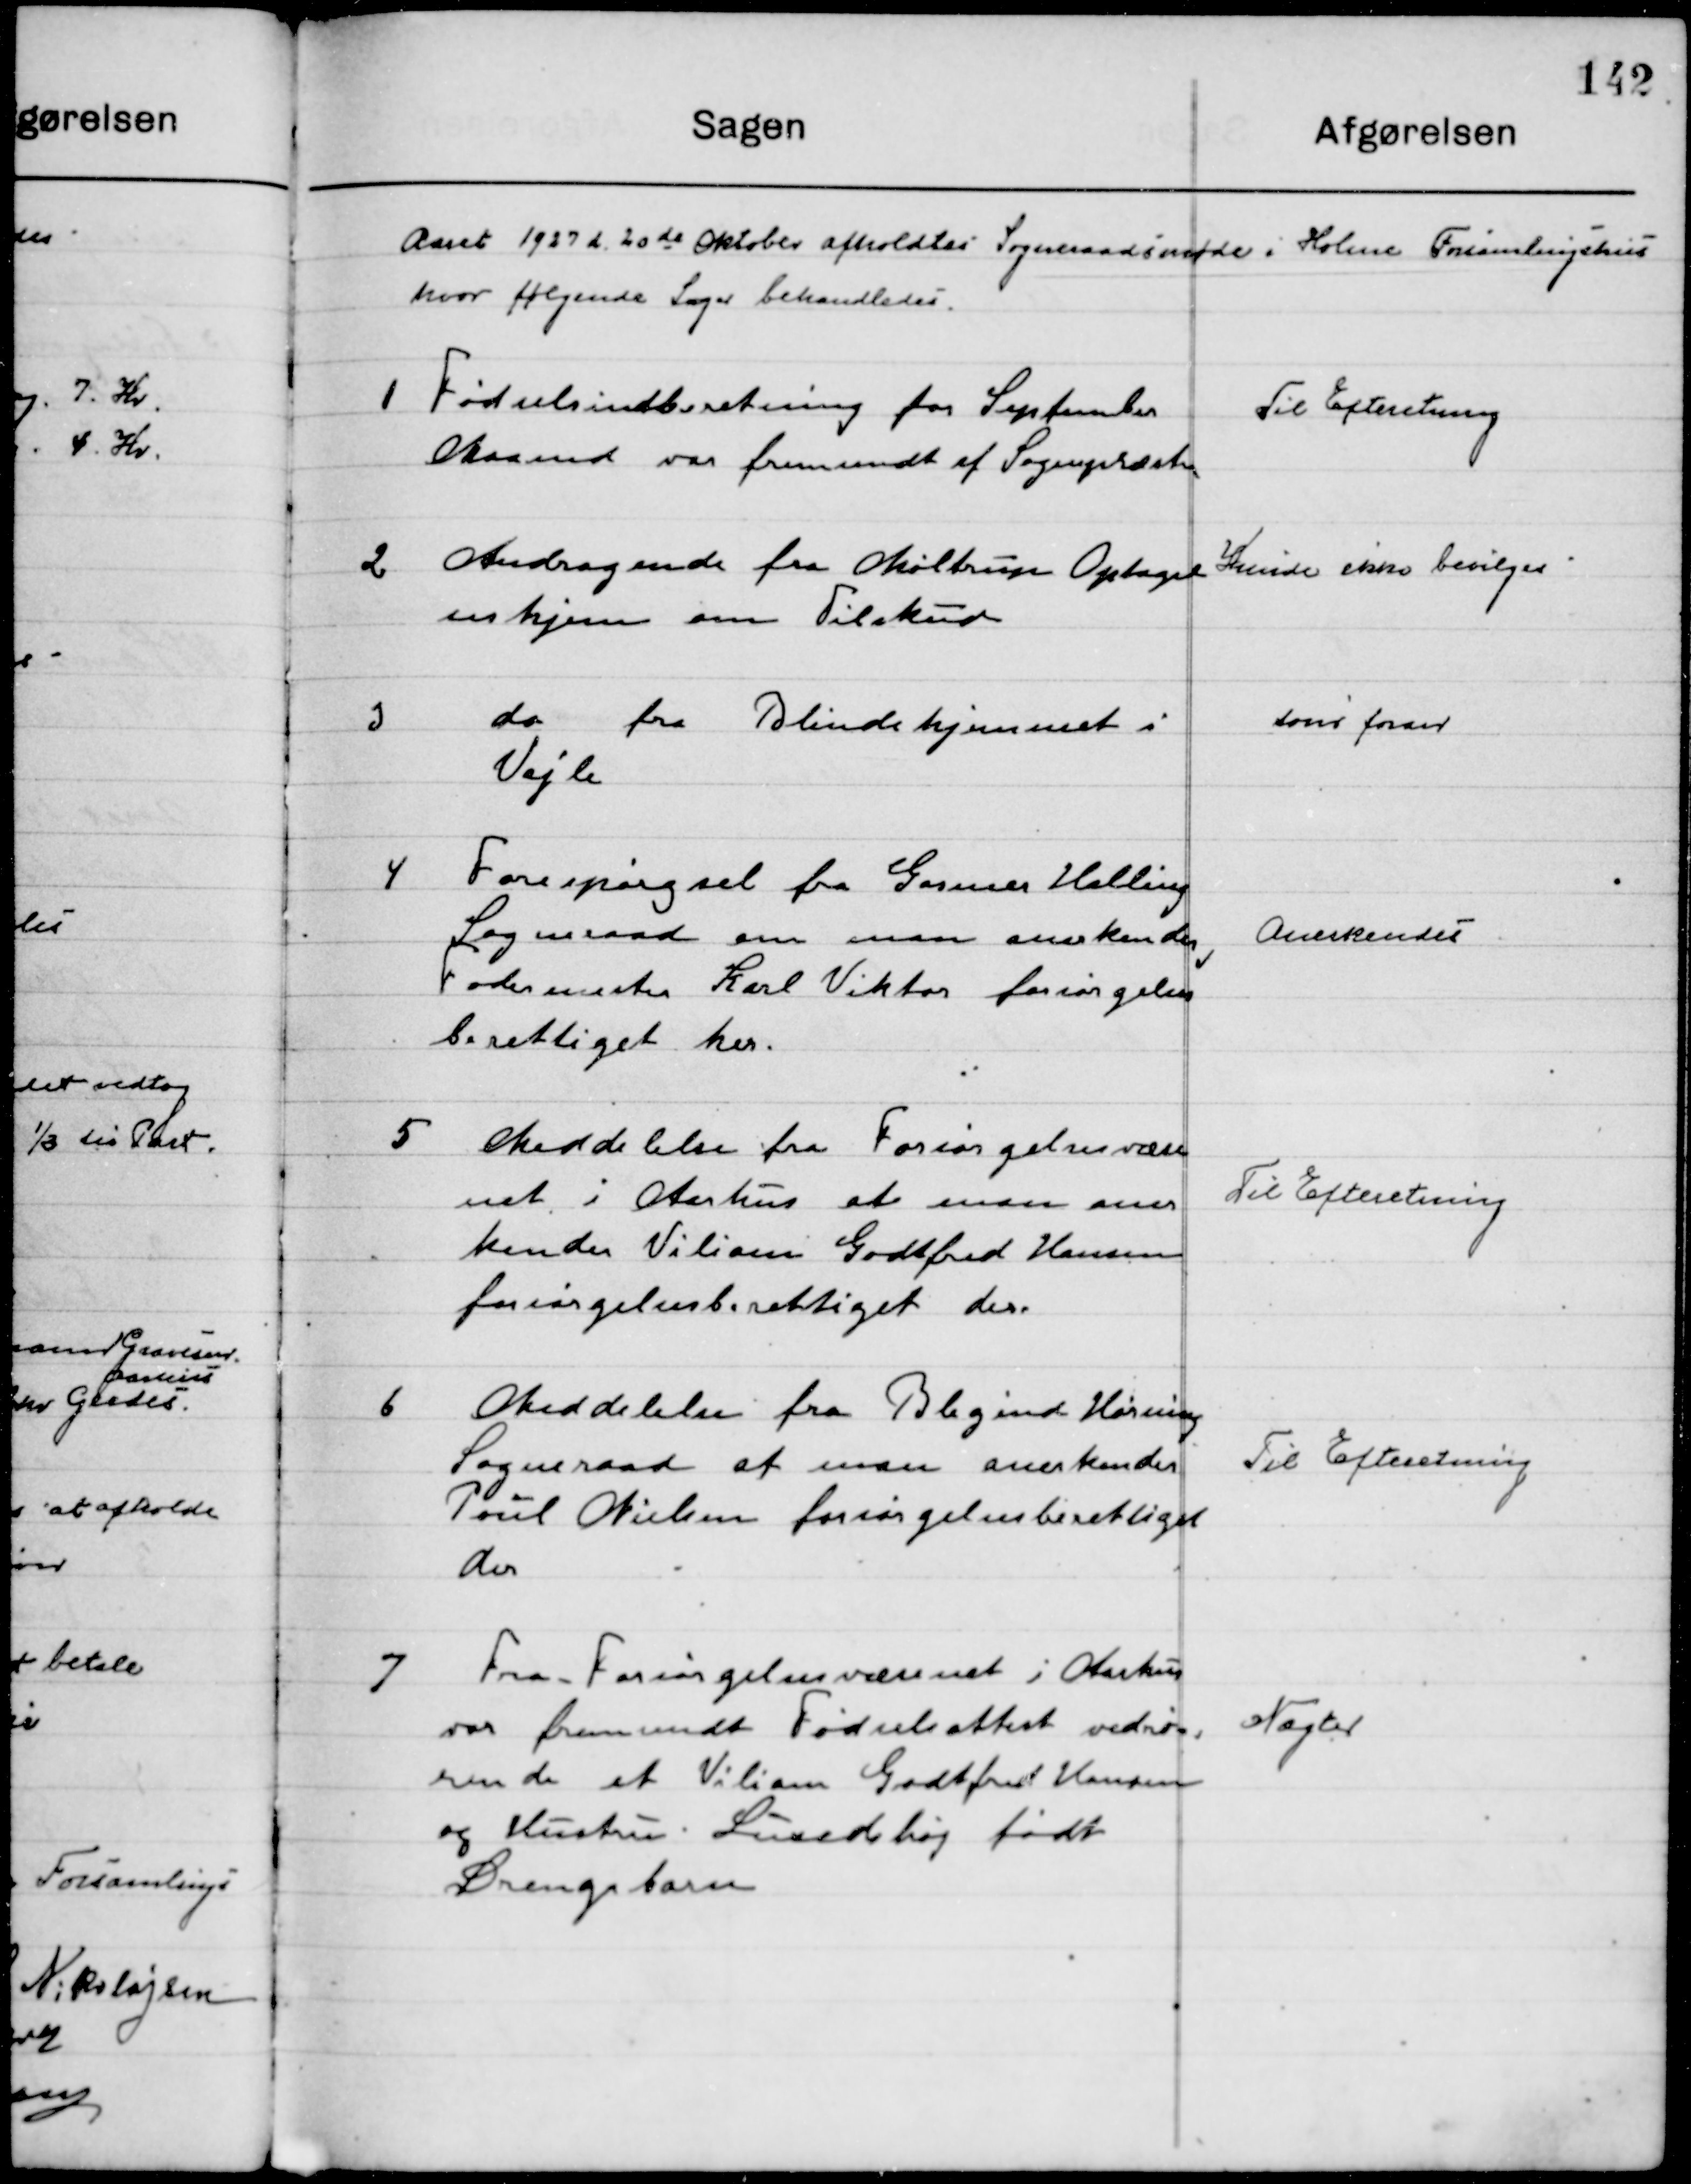
Transskription:
Aaret 1927 d. 20de Oktober  afholdtes  Sogneraadsmøde i Holme Forsamlingshus 
hvor følgende Sager behandledes.

1

Fødselsindberetning for September
Maaned var fremsendt fra Sognepræsten

Til Efterretning

2

Andragende fra Mølbrug Optagel-
seshjem om Tilskud

Kunde ikke bevilges

3

do fra Blindehjemmet i 
Vejle

Som foran

4

Forespørgsel fra Gartner Halling
Sogneraad om man anerkender  
Fodermester Karl Viktor forsørgelses-
berettiget her.

Anerkendes

5

Meddelelse fra Forsørgelsesvæse-
net i Aarhus at man aner- 
kender Villiam Godtfred Hansen 
forsørgelsesberettiget der.

Til Efterretning

6

Meddelelse fra Blegind Hørning
Sogneraad at man anerkender 
Poul Nielsen forsørgelsesberettiget 
der.

Til Efterretning

7

Fra Forsørgelsesvæsenet i Aarhus
Var fremsendt Fødselsattest vedrø-
rende et Villiam Godtfred Hansen
og Hustru Lundshøj født
Drengebarn.

Nægtes